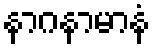
နာဂနာမာနံ